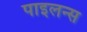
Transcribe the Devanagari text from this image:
पाइलन्स